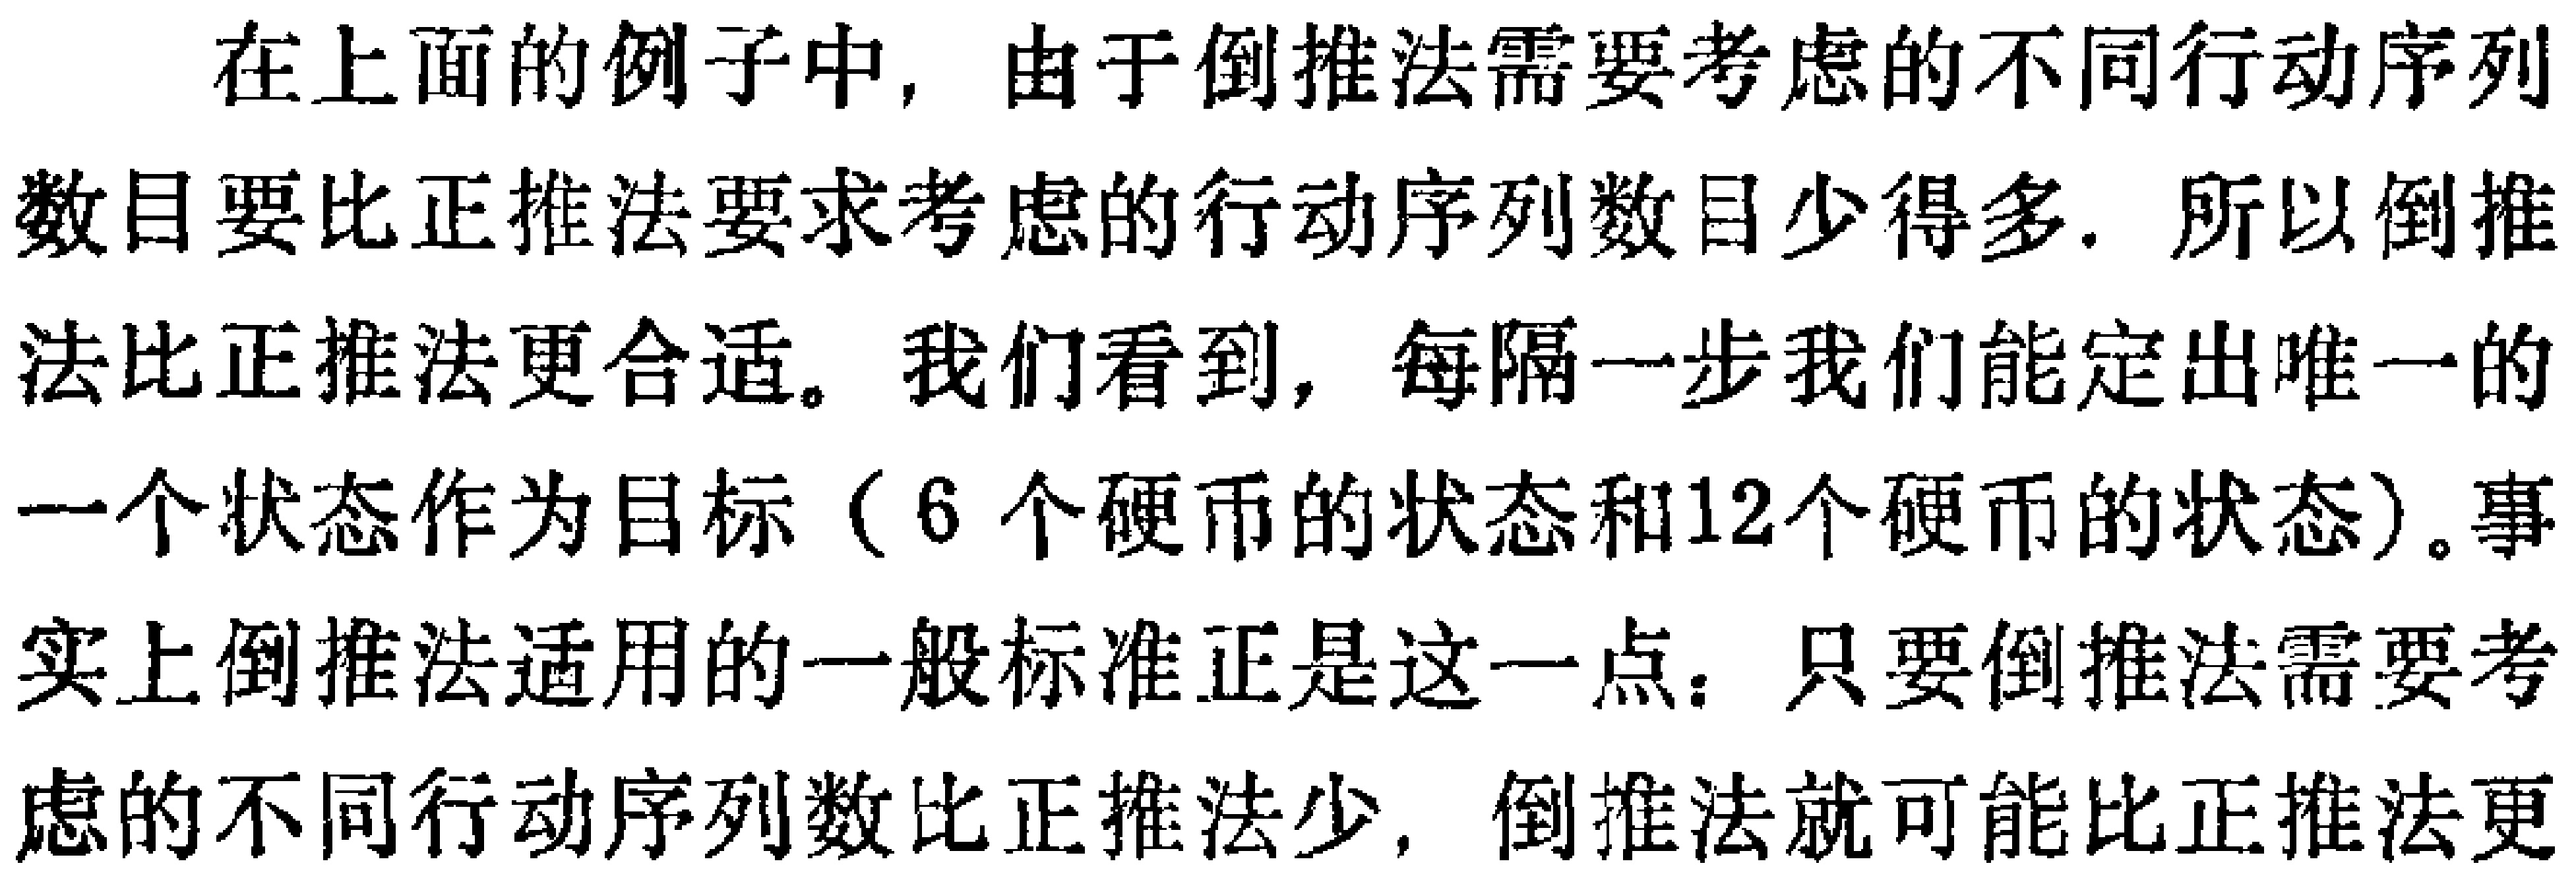
在上面的例子中，由于倒推法需要考虑的不同行动序列数目要比正推法要求考虑的行动序列数目少得多. 所以倒推法比正推法更合适。我们看到，每隔一步我们能定出唯一的一个状态作为目标（6 个硬币的状态和12个硬币的状态）。事实上倒推法适用的一般标准正是这一点：只要倒推法需要考虑的不同行动序列数比正推法少，倒推法就可能比正推法更